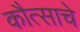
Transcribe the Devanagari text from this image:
कौत्साचे